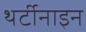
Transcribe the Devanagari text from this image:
थर्टीनाइन